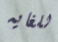
للغايه